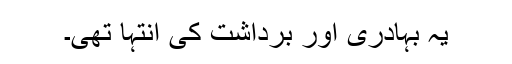
یہ بہادری اور برداشت کی انتہا تھی۔